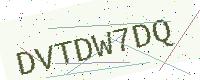
Text: DVTDW7DQ